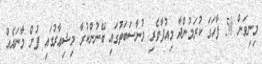
މިނިވަން 50 ފާހަގަ ކުރަމުންދާ މިއުފާވެރި މުނާސަބަތުގައި ބޭނުންކުރާ މިޝިޢާރުގައި ފުން މާނައެއް